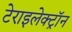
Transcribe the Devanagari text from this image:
टेराइलेक्ट्रॉन